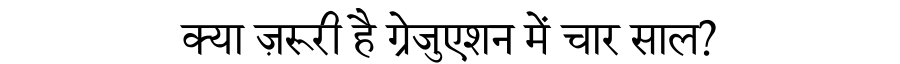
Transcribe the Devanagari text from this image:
क्या ज़रूरी है ग्रेजुएशन में चार साल?